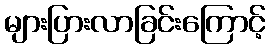
များပြားလာခြင်းကြောင့်